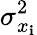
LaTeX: \sigma_{x_{\mathbf{i}}}^{2}